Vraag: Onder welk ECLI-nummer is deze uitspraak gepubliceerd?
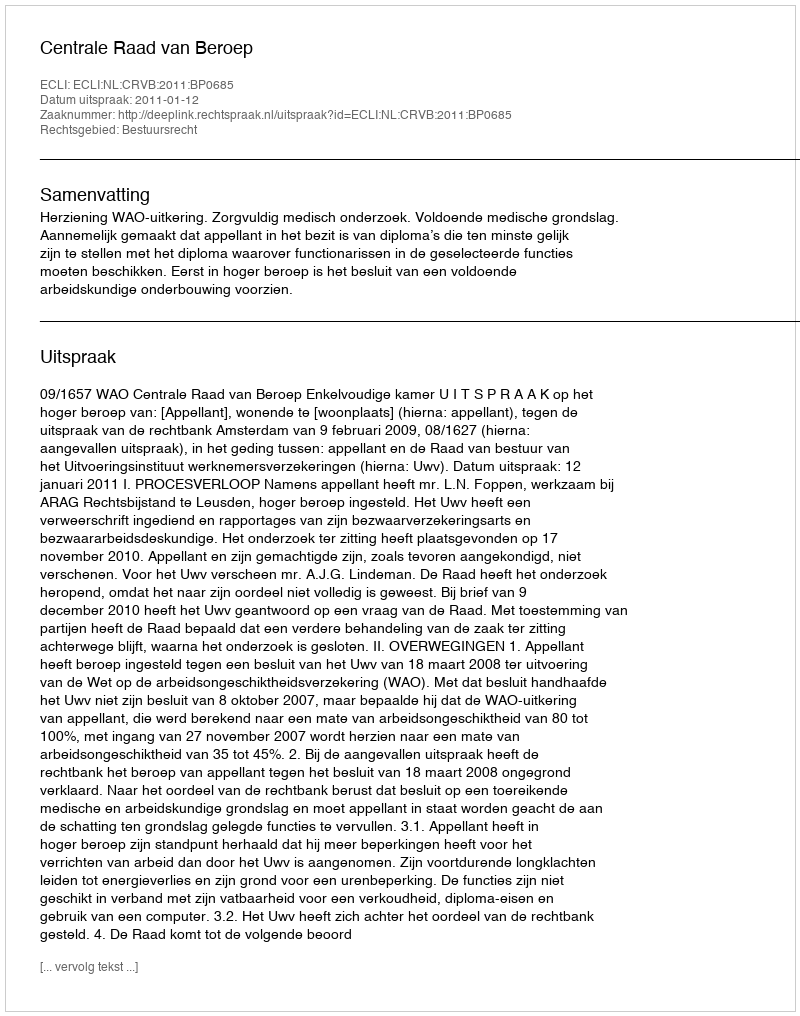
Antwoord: ECLI:NL:CRVB:2011:BP0685